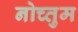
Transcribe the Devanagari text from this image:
नोच्तुम